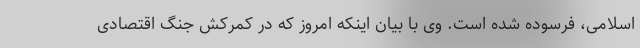
اسلامی، فرسوده شده است. وی با بیان اینکه امروز که در کمرکش جنگ اقتصادی